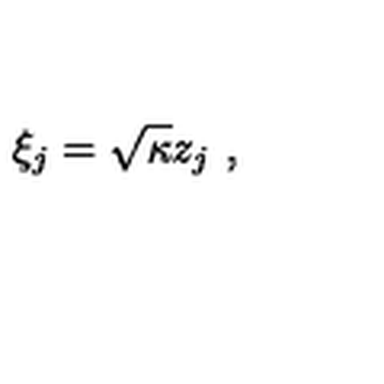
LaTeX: \xi _ { j } = \sqrt { \kappa } z _ { j } \ ,